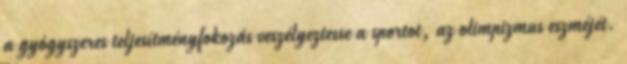
a gyógyszeres teljesítményfokozás veszélyeztesse a sportot, az olimpizmus eszméjét.